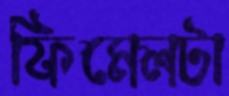
ফিমেলটা